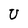
Character: U